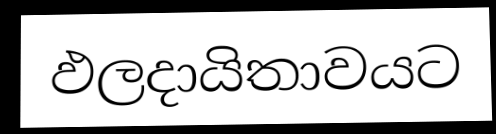
ඵලදායිතාවයට